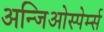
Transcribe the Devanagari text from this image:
अन्जिओस्पेर्म्स